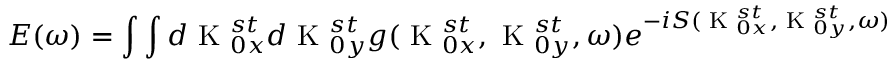
E ( \omega ) = \int \int d \textrm { K } _ { 0 x } ^ { s t } d \textrm { K } _ { 0 y } ^ { s t } g ( \textrm { K } _ { 0 x } ^ { s t } , \textrm { K } _ { 0 y } ^ { s t } , \omega ) e ^ { - i S ( \textrm { K } _ { 0 x } ^ { s t } , \textrm { K } _ { 0 y } ^ { s t } , \omega ) }